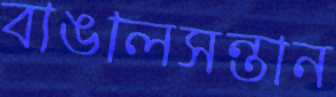
বাঙালসন্তান